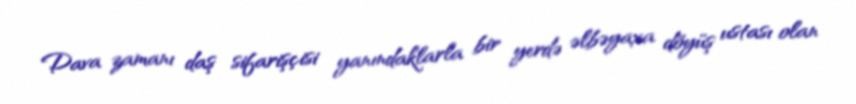
Dava zamanı daş sifarişçisi yanındaklarla bir yerdə əlbəyaxa döyüş ustası olan